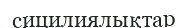
сицилиялықтар